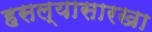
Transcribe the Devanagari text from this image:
हसल्यासारखा